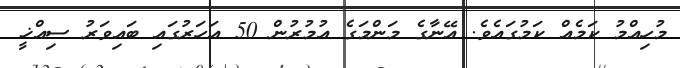
މުހިއްމު ކަމެއް ކަމުގައެވެ. އޭނާގެ މަންމަގެ އުމުރުން 50 އަހަރުގައި ބައިވަރު ސިއްޚީ